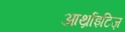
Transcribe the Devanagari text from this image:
आर्थ्राइटिज़